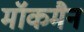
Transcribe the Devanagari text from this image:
मॉकमैन